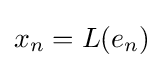
x_{n}=L(e_{n})